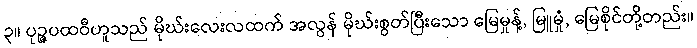
၃။ ပုဉ္ဇပထဝီဟူသည် မိုဃ်းလေးလထက် အလွန် မိုဃ်းစွတ်ပြီးသော မြေမှုန့်, မြူမှုံ, မြေစိုင်တို့တည်း။